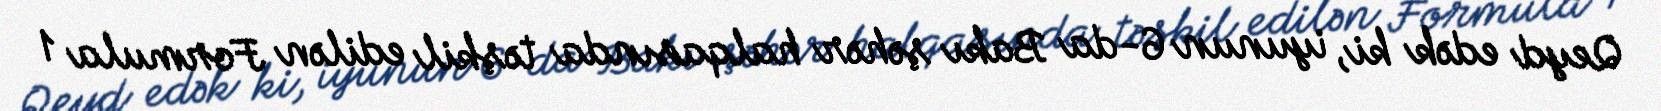
Qeyd edək ki, iyunun 6-da Bakı şəhər halqasında təşkil edilən Formula 1